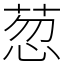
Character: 䓤